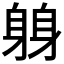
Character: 𫏬